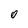
Character: 0